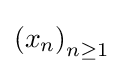
\left(x_{n}\right)_{n\geq 1}